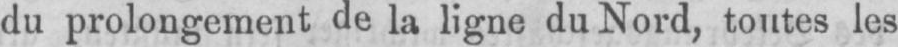
du prolongement de la ligne du Nord, toutes les